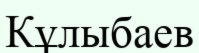
Кұлыбаев